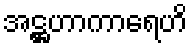
အဋ္ဌဟာကာရေဟိ